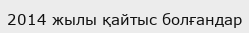
2014 жылы қайтыс болғандар